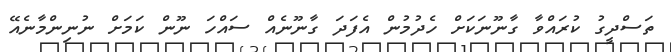
ތަސްދީގު ކުރައްވާ ގާނޫނަކަށް ހެދުމުން އެފަދަ ގާނޫނެއް ސައްހަ ނޫން ކަމަށް ނުނިންމާނެއޭ